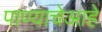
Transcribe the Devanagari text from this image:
पाण्याचेआहे